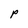
Character: p